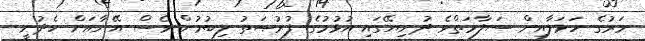
މަރުގެ ހަމަލާއިން ސަލާމަތްވެ ދުނިޔޭގައި އުޅުމުގެ ފުރުޞަތު ލިބުމުން ވެސް އޭނާއަށް ހެދުނީ